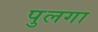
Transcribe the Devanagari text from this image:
पुलगा